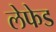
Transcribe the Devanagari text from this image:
लेफेड